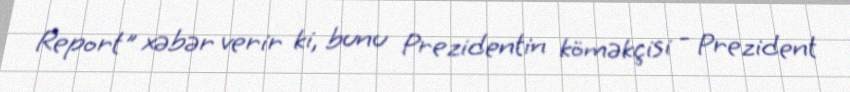
Report" xəbər verir ki, bunu Prezidentin köməkçisi - Prezident